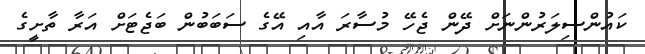
ކައުންސިލަރުންނަށް ދޭން ޖެހޭ މުސާރަ އާއި އޭގެ ސަބަބުން ބަޖެޓަށް އަރާ ތާށީގެ